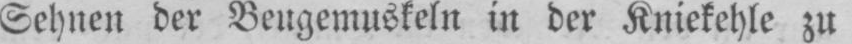
Sehnen der Beugemuskeln in der Kniekehle zu